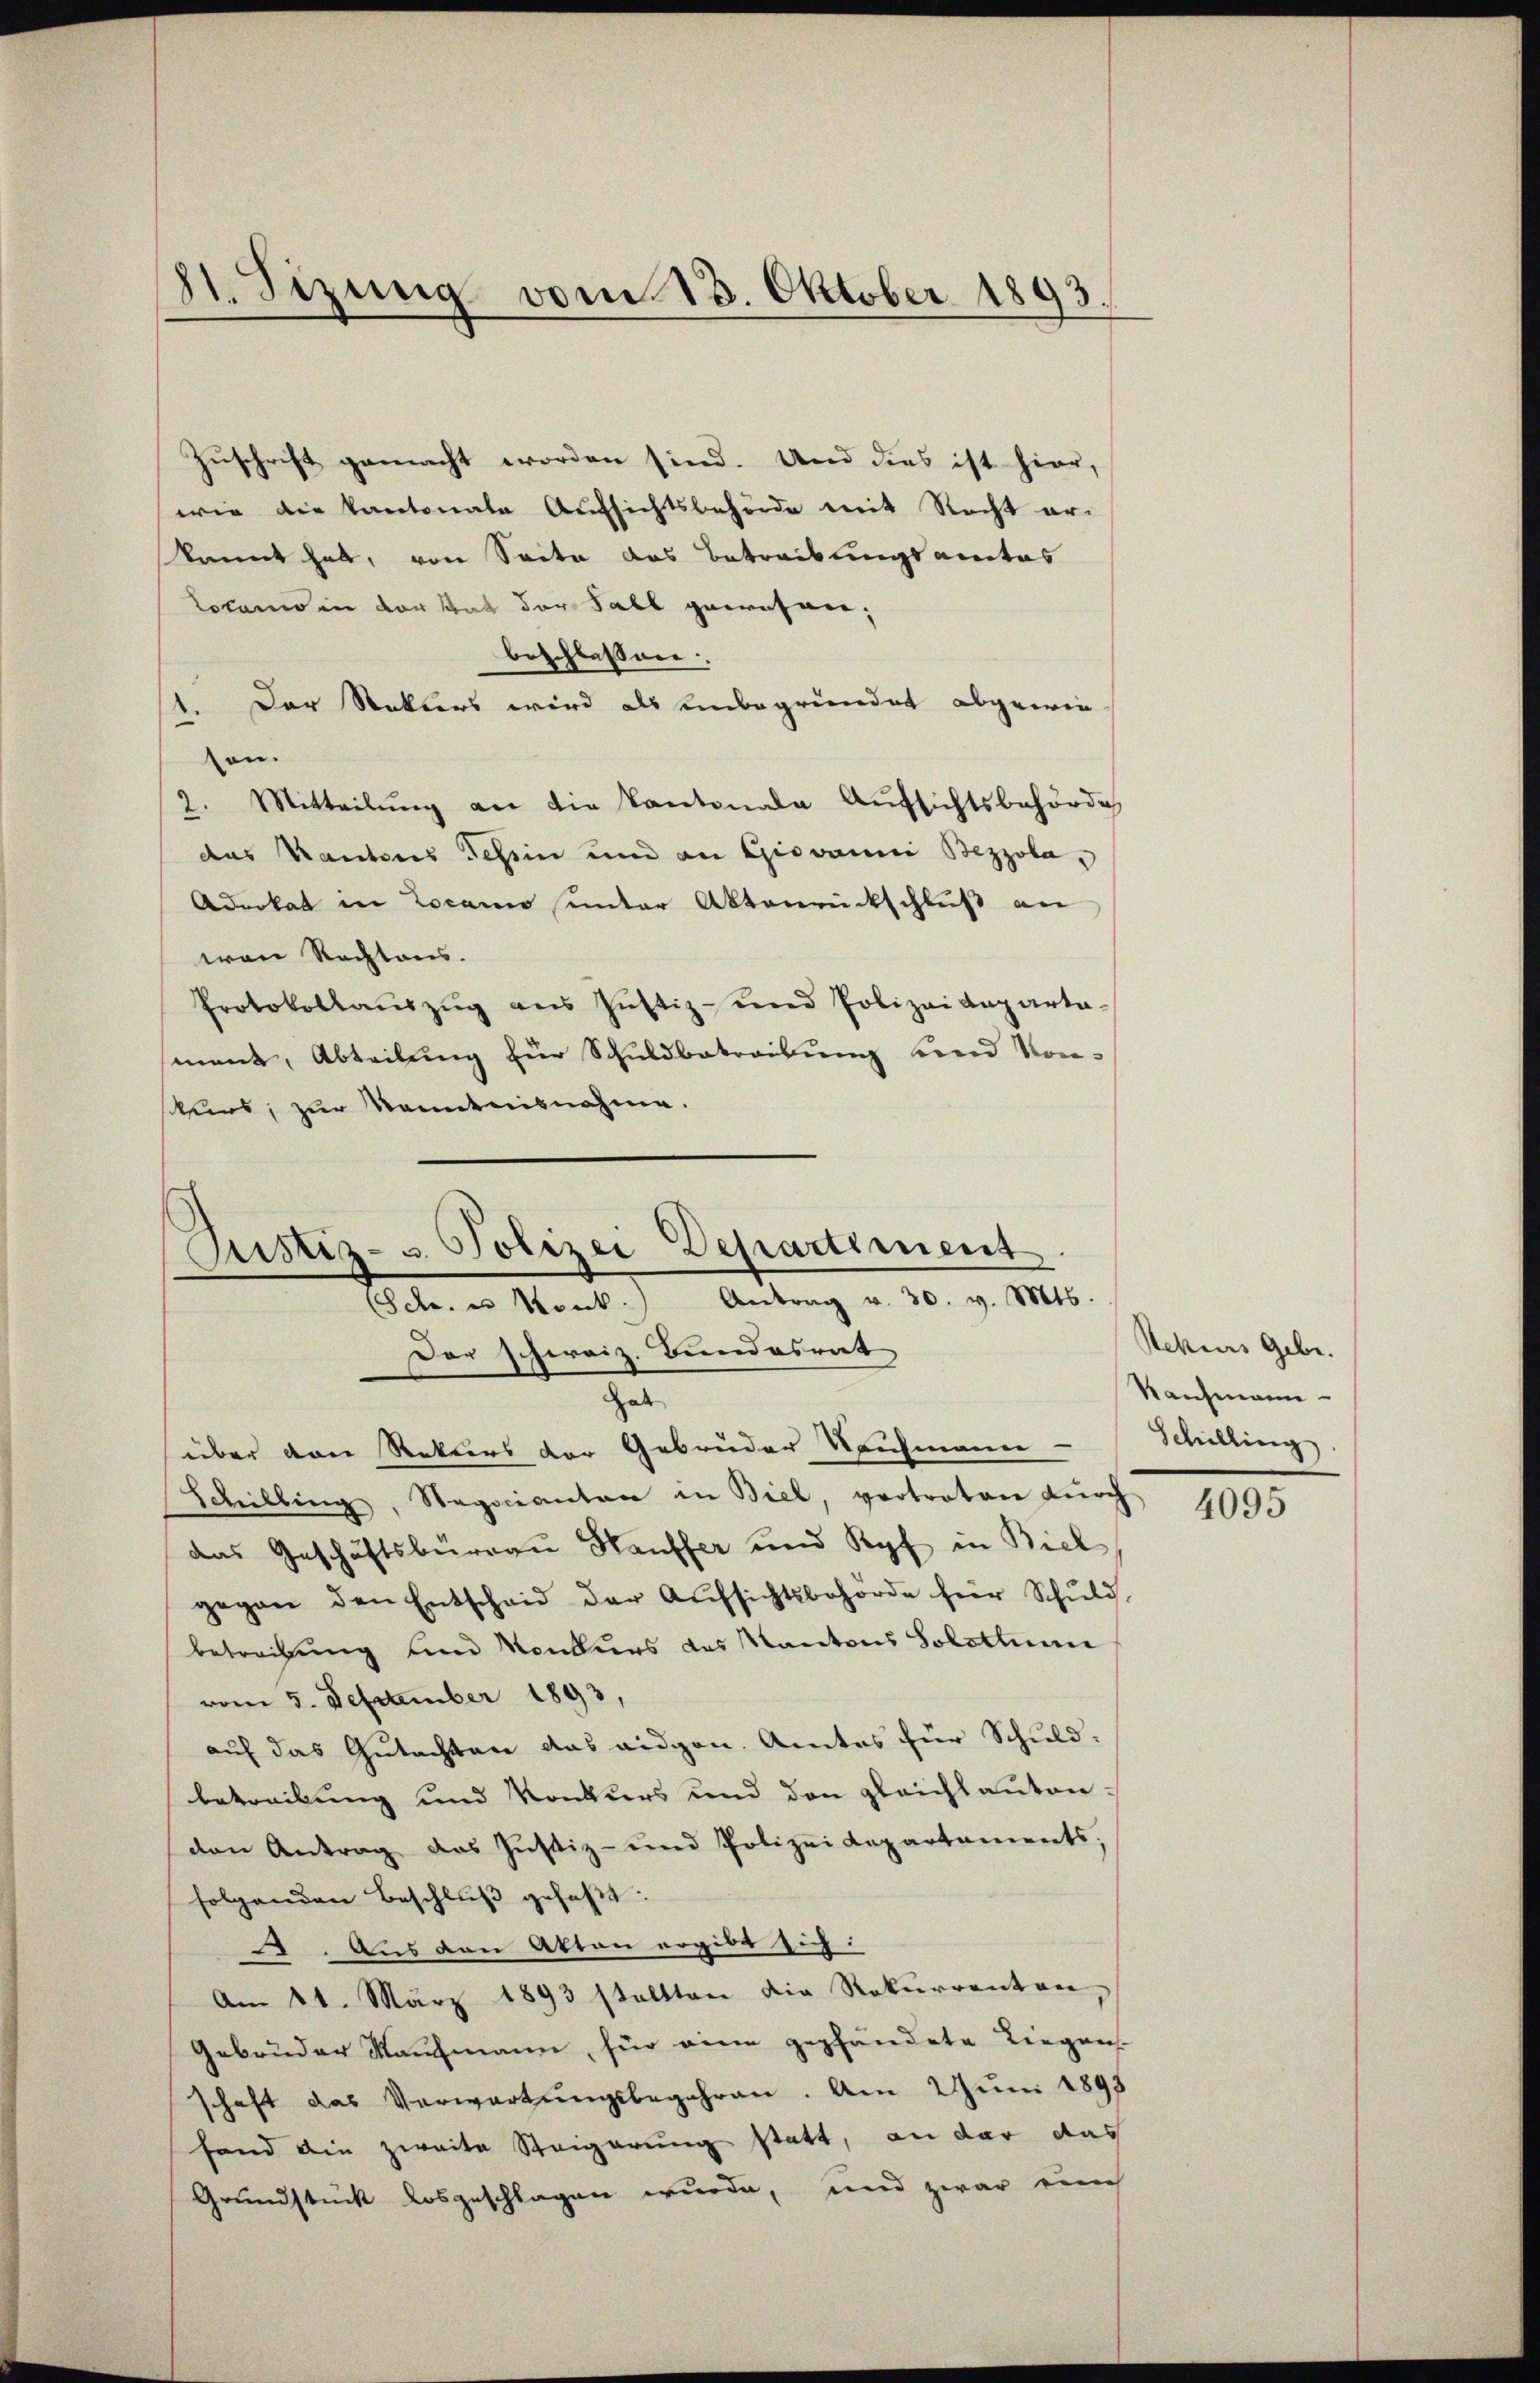
81. Sizung vom 13. Oktober 1893.

Zuschrift gemacht worden sind. Und dies ist hier,
wie die kantonale Aufsichtsbehörde mit Recht ar-
kannt hat, von Seite das Betreibungsactes
Locamo in vorstat der Fall gewesen;
beschlossen:
. Der Rekurs wird als unbegründet abgewie
on.
2. Mitteilung an die Kantonale Aufsichtsbehörde
das Kantons Teßin und an Giovanni Bezzola,
Aderkat in Locarno unter Aktenrückschluß an
wan Rechtens.
Protokollauszug aus Justiz- und Polizeideparta-
ment, Abteilung für Schuldbetreibung und Konkirs, zur Manntnisnahme.

Justiz- u. Polizei Departiment
Antrag v. 30. v. Mts.
Peten in Kant
Der schweiz. Bundesrat
Hab

über von Rekurs der Gebrüder Nachmann
Schilling, Negocianten in Biel, vertreten dŭrch
das Geschäftsburgau Hauffer und Kopf in Biel
gegen den Entscheid der Aŭfsichtsbehörde für Schŭld
betreibung und Konkurs das Kantons Solothume
vom 5. Dezember 1893,
auf das Gutachten das eidgen. Amtes für Schuldbetreibung und Konkurs und den gleichkantonden Antrag das Justiz- und Polizei Kapartaments,
folgenden Beschlŭβ gefaßt:
2. Aus den Akten ergibt sich:
Am 11. März 1893 stellten die Rekurrenten,
Gebrüder Kaufmann, für vier gepfändete Liegens-
schaft das Verwartungsbegehren. Am Juni 1893
fand die zweite Steigerung statt, an dar das
Grundstück losgeschlagen wurde, und zwar eine

Rekurs Gebr.
Ranchmann
Schilling.

4095